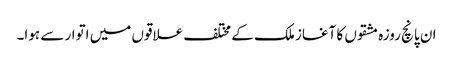
ان پانچ روزہ مشقوں کا آغاز ملک کے مختلف علاقوں میں اتوار سے ہوا۔